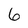
Character: 6